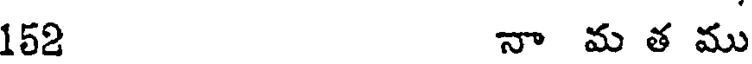
152 నా మ త ము